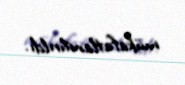
mükafatlandırıldı.